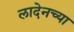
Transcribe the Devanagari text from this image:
लादेनच्या